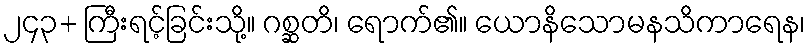
၂၄၃+ ကြီးရင့်ခြင်းသို့။ ဂစ္ဆတိ၊ ရောက်၏။ ယောနိသောမနသိကာရေန၊